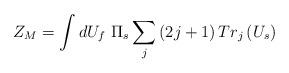
LaTeX: \begin{align*}Z_M=\int dU_f\ \Pi _s\sum_j\left( 2j+1\right) Tr_j\left( U_s\right)\end{align*}